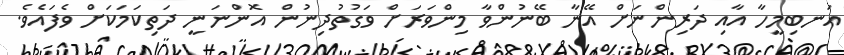
އަނބިމީހާ އާއި ދަރިންނަށް އޭނާ ބޭނުންވާ މިންވަރަށް ވަގުތުދިނުން އޮންނަނީ ދަތިކަމަކަށް ވެފައެވެ.